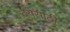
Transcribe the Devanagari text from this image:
दयेसाठी